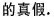
的真假.